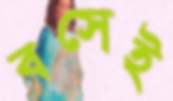
বসেই